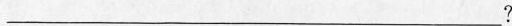
___?